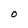
Character: O